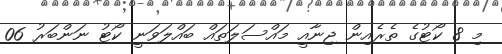
މި 8 ކޯޓުގެ ތެރެއިން ޖިނާއީ މައްސަލަތައް ބައްލަވަނީ ކޯޓު ނަންބަރު 06